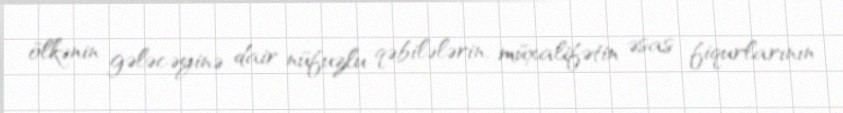
ölkənin gələcəyinə dair nüfuzlu qəbilələrin, müxalifətin əsas fiqurlarının